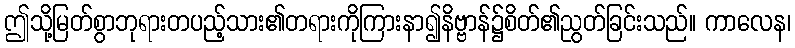
ဤသို့မြတ်စွာဘုရားတပည့်သား၏တရားကိုကြားနာ၍နိဗ္ဗာန်၌စိတ်၏ညွတ်ခြင်းသည်။ ကာလေန၊